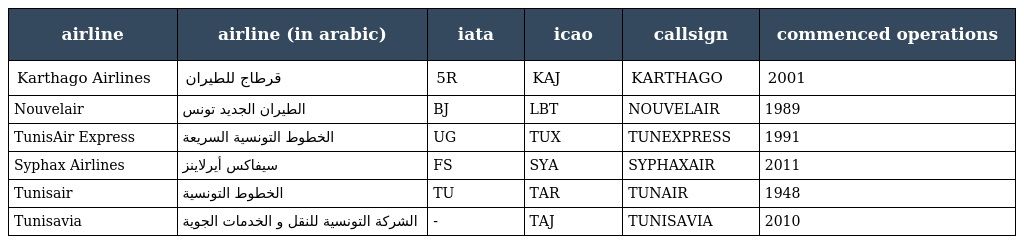
| airline | airline (in arabic) | iata | icao | callsign | commenced operations |
 | --- | --- | --- | --- | --- | --- |
 | Karthago Airlines | قرطاج للطيران | 5R | KAJ | KARTHAGO | 2001 |
 | Nouvelair | الطيران الجديد تونس | BJ | LBT | NOUVELAIR | 1989 |
 | TunisAir Express | الخطوط التونسية السريعة | UG | TUX | TUNEXPRESS | 1991 |
 | Syphax Airlines | سيفاكس أيرلاينز | FS | SYA | SYPHAXAIR | 2011 |
 | Tunisair | الخطوط التونسية | TU | TAR | TUNAIR | 1948 |
 | Tunisavia | الشركة التونسية للنقل و الخدمات الجوية | - | TAJ | TUNISAVIA | 2010 |